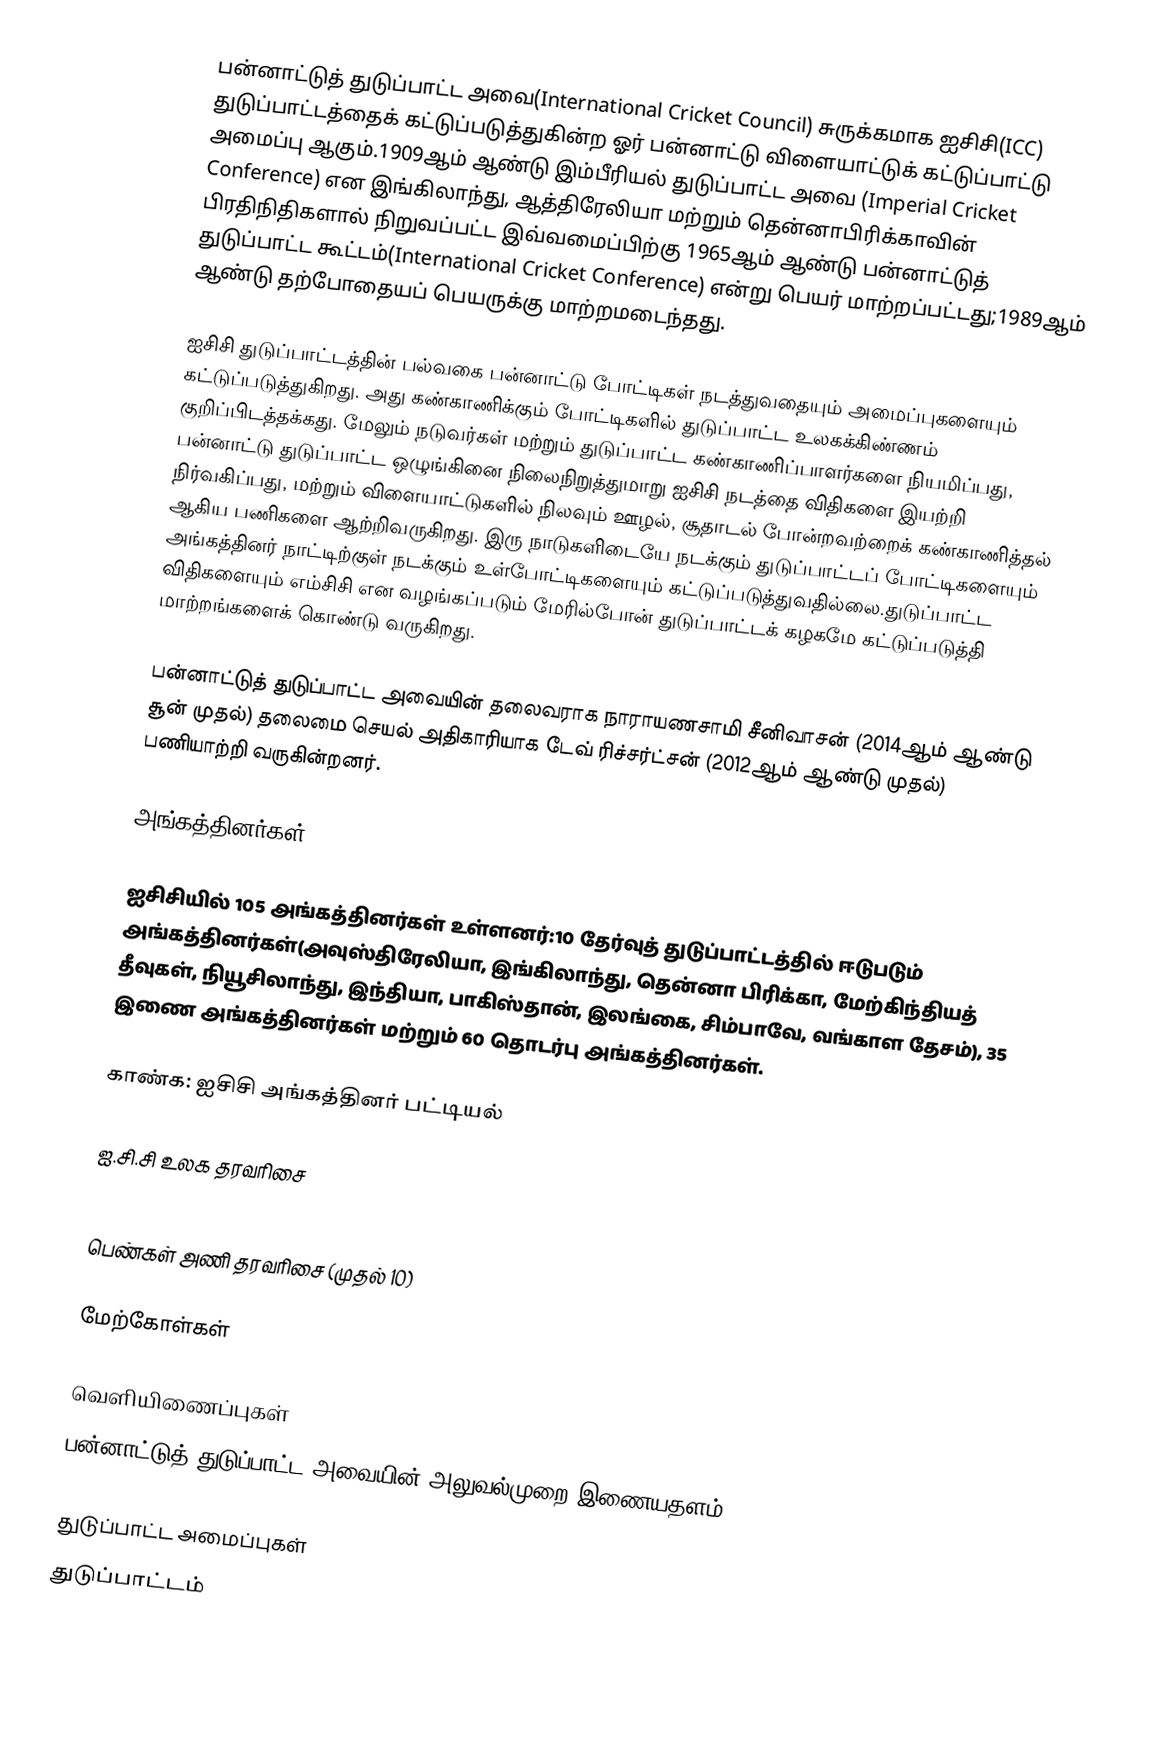
பன்னாட்டுத் துடுப்பாட்ட அவை(International Cricket Council) சுருக்கமாக ஐசிசி(ICC) துடுப்பாட்டத்தைக் கட்டுப்படுத்துகின்ற ஓர் பன்னாட்டு விளையாட்டுக் கட்டுப்பாட்டு அமைப்பு ஆகும்.1909ஆம் ஆண்டு இம்பீரியல் துடுப்பாட்ட அவை (Imperial Cricket Conference) என இங்கிலாந்து, ஆத்திரேலியா மற்றும் தென்னாபிரிக்காவின் பிரதிநிதிகளால் நிறுவப்பட்ட இவ்வமைப்பிற்கு 1965ஆம் ஆண்டு பன்னாட்டுத் துடுப்பாட்ட கூட்டம்(International Cricket Conference) என்று பெயர் மாற்றப்பட்டது;1989ஆம் ஆண்டு தற்போதையப் பெயருக்கு மாற்றமடைந்தது.

ஐசிசி துடுப்பாட்டத்தின் பல்வகை பன்னாட்டு போட்டிகள் நடத்துவதையும் அமைப்புகளையும் கட்டுப்படுத்துகிறது. அது கண்காணிக்கும் போட்டிகளில் துடுப்பாட்ட உலகக்கிண்ணம் குறிப்பிடத்தக்கது. மேலும் நடுவர்கள் மற்றும் துடுப்பாட்ட கண்காணிப்பாளர்களை நியமிப்பது, பன்னாட்டு துடுப்பாட்ட ஒழுங்கினை நிலைநிறுத்துமாறு ஐசிசி நடத்தை விதிகளை இயற்றி நிர்வகிப்பது, மற்றும் விளையாட்டுகளில் நிலவும் ஊழல், சூதாடல் போன்றவற்றைக் கண்காணித்தல் ஆகிய பணிகளை ஆற்றிவருகிறது. இரு நாடுகளிடையே நடக்கும் துடுப்பாட்டப் போட்டிகளையும் அங்கத்தினர் நாட்டிற்குள் நடக்கும் உள்போட்டிகளையும் கட்டுப்படுத்துவதில்லை.துடுப்பாட்ட விதிகளையும் எம்சிசி என வழங்கப்படும் மேரில்போன் துடுப்பாட்டக் கழகமே கட்டுப்படுத்தி மாற்றங்களைக் கொண்டு வருகிறது.

பன்னாட்டுத் துடுப்பாட்ட அவையின் தலைவராக நாராயணசாமி சீனிவாசன் (2014ஆம் ஆண்டு சூன் முதல்) தலைமை செயல் அதிகாரியாக டேவ் ரிச்சர்ட்சன் (2012ஆம் ஆண்டு முதல்) பணியாற்றி வருகின்றனர்.

அங்கத்தினர்கள்

ஐசிசியில் 105 அங்கத்தினர்கள் உள்ளனர்:10 தேர்வுத் துடுப்பாட்டத்தில் ஈடுபடும் அங்கத்தினர்கள்(அவுஸ்திரேலியா, இங்கிலாந்து, தென்னா பிரிக்கா, மேற்கிந்தியத் தீவுகள், நியூசிலாந்து, இந்தியா, பாகிஸ்தான், இலங்கை, சிம்பாவே, வங்காள தேசம்), 35 இணை அங்கத்தினர்கள் மற்றும் 60 தொடர்பு அங்கத்தினர்கள்.

காண்க: ஐசிசி அங்கத்தினர் பட்டியல்

ஐ.சி.சி உலக தரவரிசை

பெண்கள் அணி தரவரிசை (முதல் 10)

மேற்கோள்கள்

வெளியிணைப்புகள்
 பன்னாட்டுத் துடுப்பாட்ட அவையின் அலுவல்முறை இணையதளம்

துடுப்பாட்ட அமைப்புகள்
துடுப்பாட்டம்